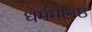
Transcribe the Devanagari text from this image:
धर्ममनिष्ठ